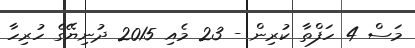
މަސް 4 ހަފްތާ ކުރިން - 23 މެއި 2015 ދުނިޔޭގެ ހުރިހާ